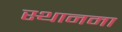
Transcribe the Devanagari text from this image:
स्थानमा